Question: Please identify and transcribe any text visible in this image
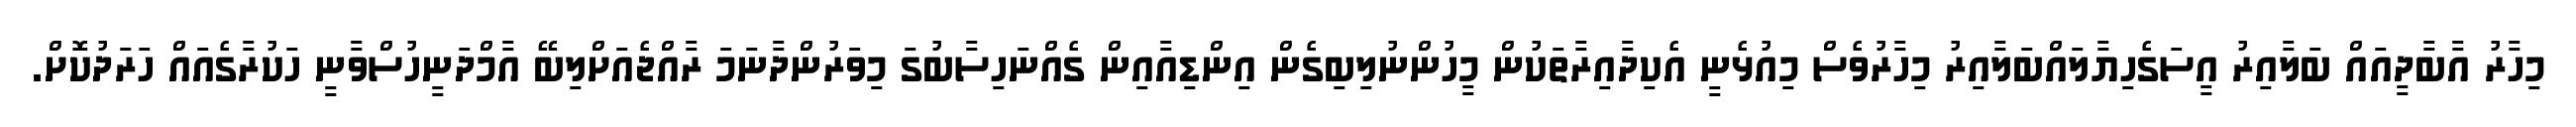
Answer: މިހާރު އާބާދީއައް ބަލާއިރު އީސަގެހިޔާލައްބަލާއިރު މިހާރުވެސް މިއުޅެނީ އެކިދާއިރާތަކުން މީހުންނުލިބިގެން އިންޑިއާއިން ގެއްނަހިސާބުގަ މިވަރުންދާނަމަ ރާއްޖެއަށްލިބޭ އާމްދަނީހުސްވާނީ ހަކުރާގެއައް ހަރަދުކޮށް.